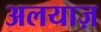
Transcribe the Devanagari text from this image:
अलयाज़